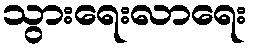
သွားရေးလာရေး